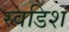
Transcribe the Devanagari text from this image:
स्वडिश